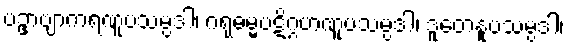
ပဥှာဗျာကရဏူပသမ္ပဒါ၊ ဂရုဓမ္မပဋိဂ္ဂဟဏူပသမ္ပဒါ၊ ဒူတေနူပသမ္ပဒါ၊